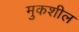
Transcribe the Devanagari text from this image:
मुकशील